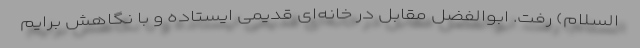
السلام) رفت. ابوالفضل مقابل در خانه‌ای قدیمی ایستاده و با نگاهش برایم